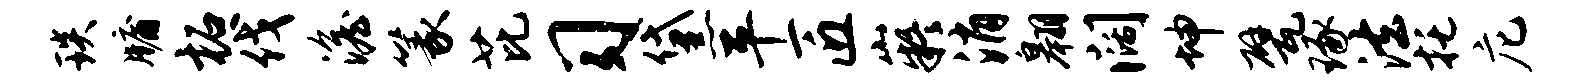
琰牖柘伐澹篆芘习黛平匠嶷消翱阔坤甓琢法托庀